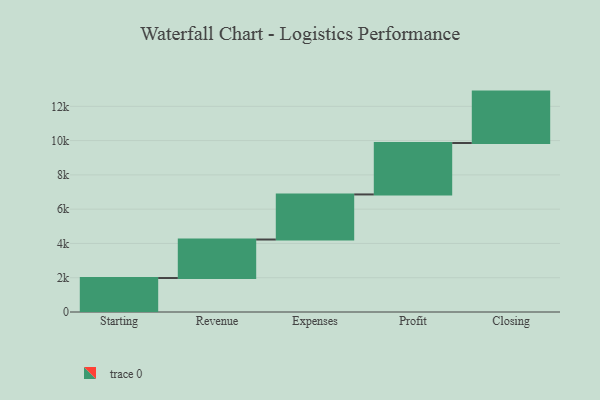
{"axis": {"x": "Step", "y": "Value"}, "legend": [""], "data": [{"x": "Starting", "y": 1982.0, "type": ""}, {"x": "Revenue", "y": 2247.0, "type": ""}, {"x": "Expenses", "y": 2630.0, "type": ""}, {"x": "Profit", "y": 3000, "type": ""}, {"x": "Closing", "y": 3000, "type": ""}]}